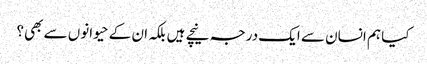
کیا ہم انسان سے ایک درجہ نیچے ہیں بلکہ ان کے حیوانوں سے بھی؟